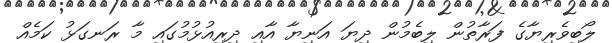
ލޯބިވެރިޔާގެ ފަރާތުން ލިބެމުން ދިޔަ އަނިޔާ އާއި ދިރިއުޅުމުގައި މާ ރަނގަޅު ކަމެއް